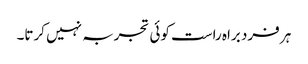
ہر فرد براہ راست کوئی تجربہ نہیں کرتا۔